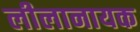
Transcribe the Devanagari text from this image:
लीलानायक